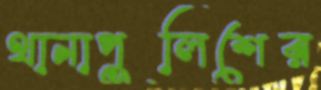
থানাপুলিশের